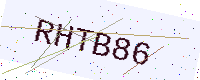
Text: RHTB86